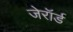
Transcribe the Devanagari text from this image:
जेरॉर्ड